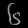
Digit: ၆